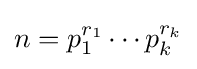
n=p_{1}^{r_{1}}\cdots p_{k}^{r_{k}}